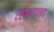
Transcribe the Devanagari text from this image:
व्होवाला